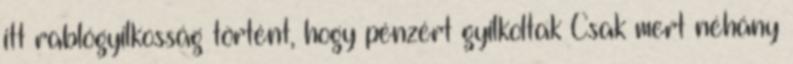
itt rablógyilkosság történt, hogy pénzért gyilkoltak Csak mert néhány